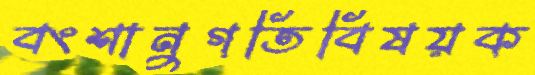
বংশানুগতিবিষয়ক